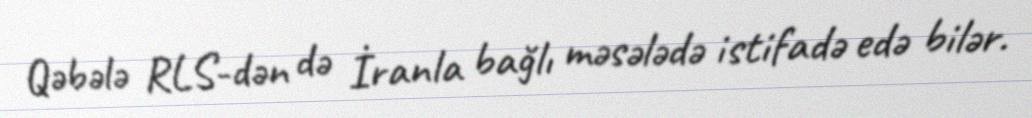
Qəbələ RLS-dən də İranla bağlı məsələdə istifadə edə bilər.